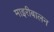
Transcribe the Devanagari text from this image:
माइरीबालन